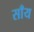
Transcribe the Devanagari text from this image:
साँय